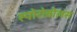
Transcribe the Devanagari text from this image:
स्पोरोबोलस